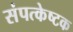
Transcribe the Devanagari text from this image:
संपत्केष्टक